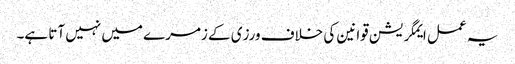
یہ عمل ایمگریشن قوانین کی خلاف ورزی کے زمرے میں نہیں آتا ہے۔